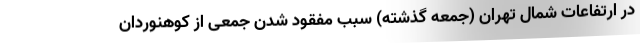
در ارتفاعات شمال تهران (جمعه گذشته) سبب مفقود شدن جمعی از کوهنوردان